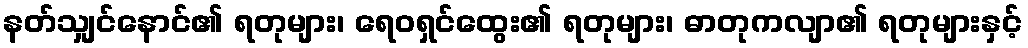
နတ်သျှင်နောင်၏ ရတုများ၊ ရေဝရှင်ထွေး၏ ရတုများ၊ ဓာတုကလျာ၏ ရတုများနှင့်